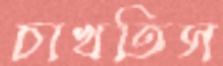
চাখতিস